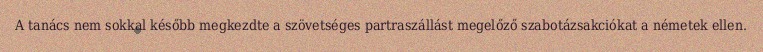
A tanács nem sokkal később megkezdte a szövetséges partraszállást megelőző szabotázsakciókat a németek ellen.